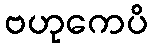
ဗဟုကေပိ